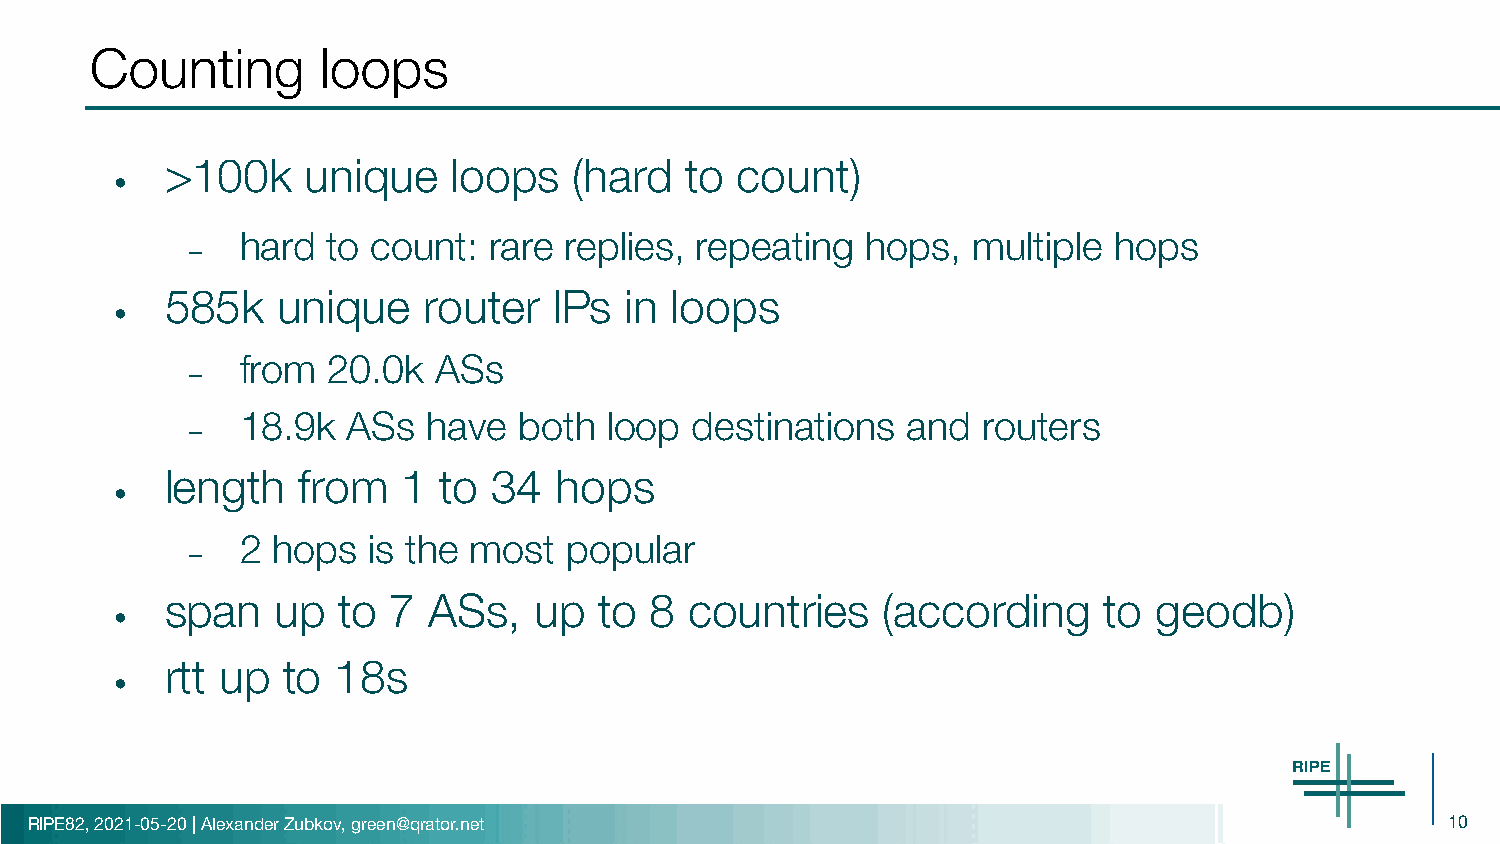
Counting       loops
 >100k    unique    loops   (hard  to  count)
 •
 hard  to count: rare replies, repeating  hops,  multiple  hops
 –
 585k   unique    router   IPs in loops
 •
 from  20.0k  ASs
 –
 18.9k  ASs  have  both  loop  destinations  and  routers
 –
 length   from   1 to  34  hops
 •
 2 hops  is the most   popular
 –
 span   up  to  7 ASs,   up   to 8  countries   (according     to geodb)
 •
 rtt up  to 18s
 •
 RIPE82, 2021-05-20 | Alexander Zubkov, green@qrator.net                                       10